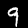
Digit: 9